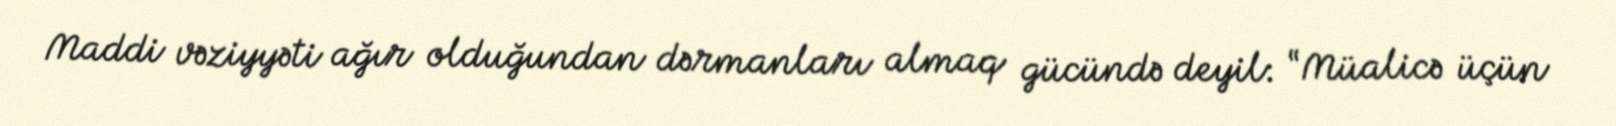
Maddi vəziyyəti ağır olduğundan dərmanları almaq gücündə deyil: “Müalicə üçün